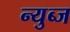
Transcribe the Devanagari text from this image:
न्युब्ज